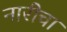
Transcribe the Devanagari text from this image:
नारीचा